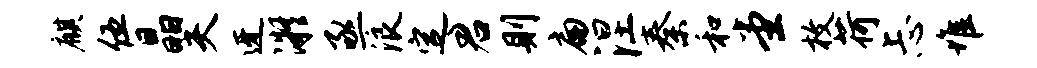
麒伍晶夫迓凝亟浪定君则扁涅秦和堂枚荷忐堆